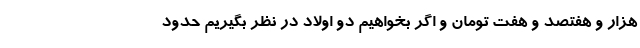
هزار و هفتصد و هفت تومان و اگر بخواهیم دو اولاد در نظر بگیریم حدود